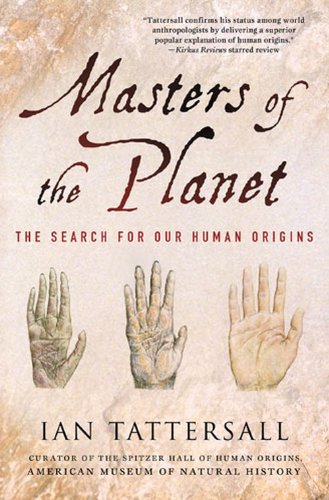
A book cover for Masters of the Planet: The Search for Our Human Origins (MacSci); Ian Tattersall; Politics & Social Sciences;